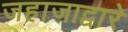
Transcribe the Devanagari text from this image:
जहाजाद्वारे